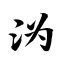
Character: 沩